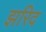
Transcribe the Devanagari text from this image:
झरिद